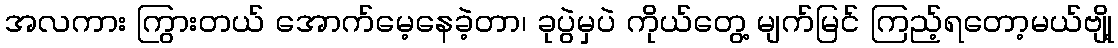
အလကား ကြွားတယ် အောက်မေ့နေခဲ့တာ၊ ခုပွဲမှပဲ ကိုယ်တွေ့ မျက်မြင် ကြည့်ရတော့မယ်ဗျို့